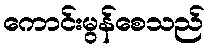
ကောင်းမွန်စေသည်